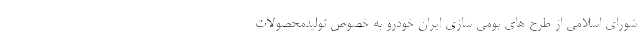
شورای اسلامی از طرح های بومی سازی ایران خودرو به خصوص تولیدمحصولات